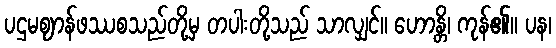
ပဌမဈာန်ဖဿစသည်တို့မှ တပါးတို့သည် သာလျှင်။ ဟောန္တိ၊ ကုန်၏။ ပန၊